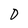
Character: D